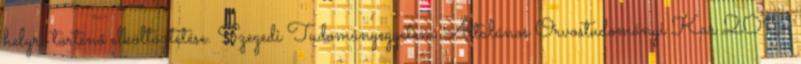
helyre történő elköltöztetése. Szegedi Tudományegyetem Általános Orvostudományi Kar 2015.